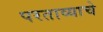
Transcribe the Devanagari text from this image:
परताव्याचे